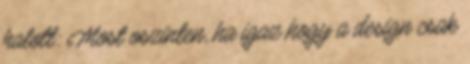
halott: Most oszinten, ha igaz hogy a design csak